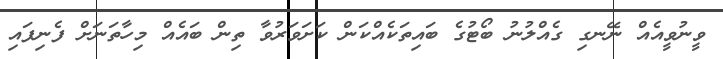
ވީނުވީއެއް ނޭނގި ގެއްލުނު ބޯޓުގެ ބައިތަކެއްކަން ކަށަވަރުވާ ތިން ބައެއް މިހާތަނަށް ފެނިފައި